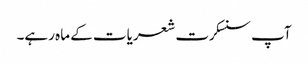
آپ سنسکرت شعریات کے ماہ رہے۔